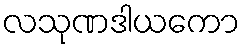
လသုဏဒါယကော